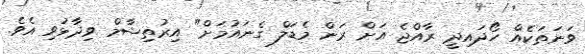
ވަނަތަކެއް ހޯދައިދީ ރާއްޖެ އަށް ރަން މެޑަލް ގެނައުމަށް" އިރުތިޝާމް ވިދާޅުވި އެވެ.